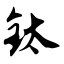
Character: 钛